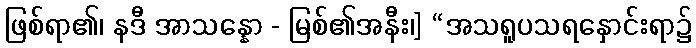
ဖြစ်ရာ၏၊ နဒီ အာသန္နော - မြစ်၏အနီး၊] “အသရူပသရနှောင်းရာ၌